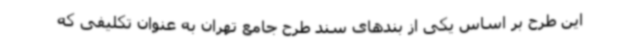
این طرح بر اساس یکی از بندهای سند طرح جامع تهران به عنوان تکلیفی که